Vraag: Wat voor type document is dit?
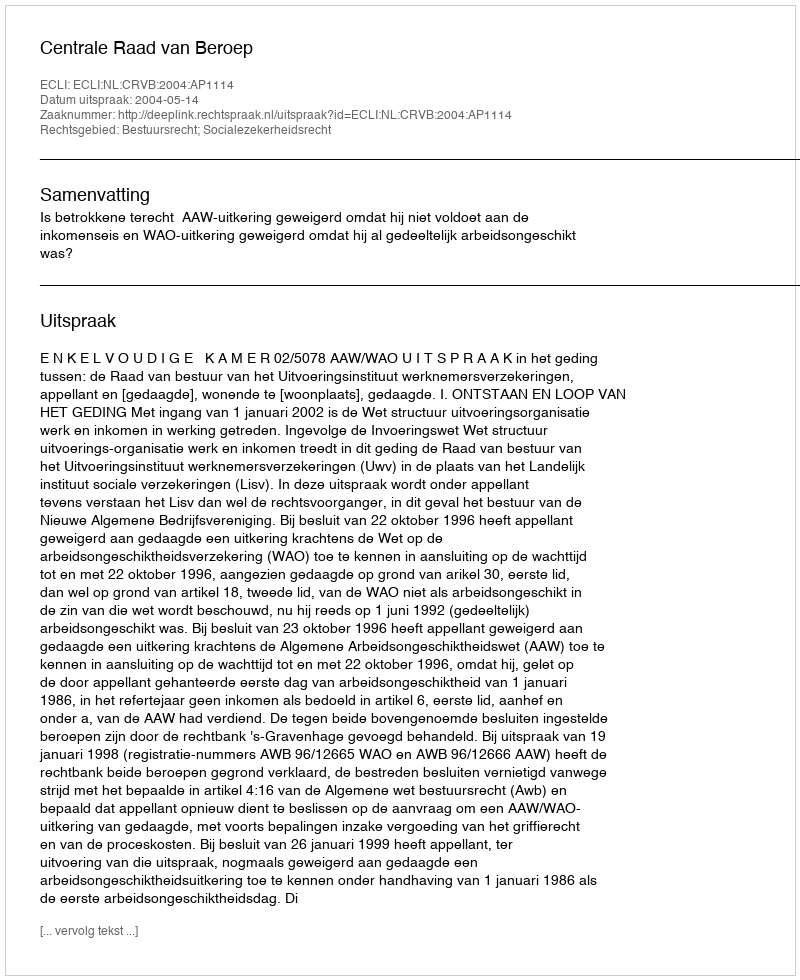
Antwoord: Uitspraak